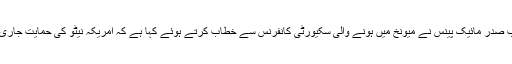
امریکی نائب صدر مائیک پینس نے میونخ میں ہونے والی سکیورٹی کانفرنس سے خطاب کرتے ہوئے کہا ہے کہ امریکہ نیٹو کی حمایت جاری رکھے گا ۔